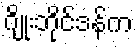
ဂျိုးဘိုင်ဒန်က